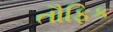
તૌફિક